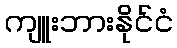
ကျူးဘားနိုင်ငံ